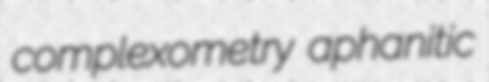
complexometry aphanitic